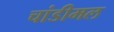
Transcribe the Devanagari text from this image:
चांडीमल